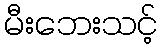
မီးဘေးသင့်